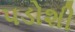
પડોશી